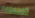
كمجموعة